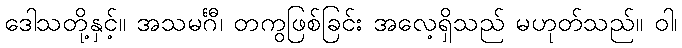
ဒေါသတို့နှင့်။ အသမင်္ဂီ၊ တကွဖြစ်ခြင်း အလေ့ရှိသည် မဟုတ်သည်။ ဝါ၊